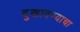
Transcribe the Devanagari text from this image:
दुखावण्याचा